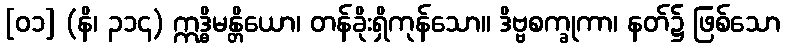
[၀၁] (နိ၊ ၃၁၄) ဣဒ္ဓိမန္တိယော၊ တန်ခိုးရှိကုန်သော။ ဒိဗ္ဗစက္ခုကာ၊ နတ်၌ ဖြစ်သော